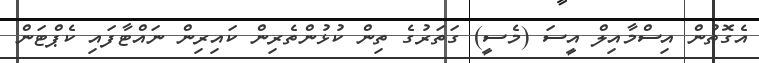
އެގޮތުން އިސްމާއިލް އީސަ (މެސީ) ގަތަރުގެ ތިން ކުޅުންތެރިން ކައިރިން ނައްޓާފައި ކެޕްޓަން